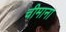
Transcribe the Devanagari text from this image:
चीमाना